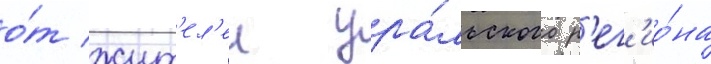
о́т жит'ел'еи ура́льского р'ег'ио́на